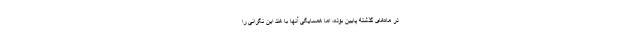
در ماه‌های گذشته پایین بوده، اما همسایگی آنها با هند این نگرانی را